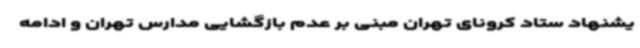
یشنهاد ستاد کرونای تهران مبنی بر عدم بازگشایی مدارس تهران و ادامه